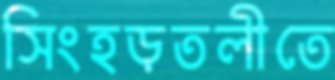
সিংহড়তলীতে